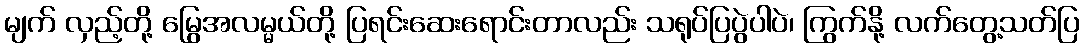
မျက် လှည့်တို့ မြွေအလမ္မယ်တို့ ပြရင်းဆေးရောင်းတာလည်း သရုပ်ပြပွဲပါပဲ၊ ကြွက်နို့ လက်တွေ့သတ်ပြ